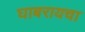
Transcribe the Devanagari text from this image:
घाबरायचा